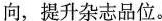
向，提升杂志品位。